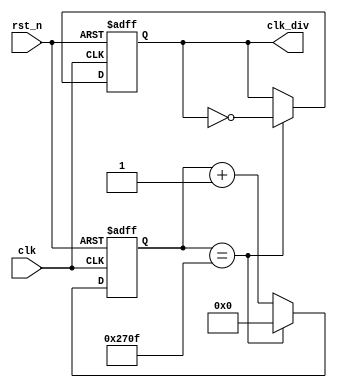
////////////////////////////////////////////////////////////////////////
// Department of Computer Science
// National Tsing Hua University
// Project   : Design Gadgets for Hardware Lab
// Module    : clock_divider
// Revision  : 2
// Abstract  :
//   Clock divider:
//     Input:  a clock source
//     Output: 
//       a parameterized clock divided by 2 * HALF_CYCLE
//       Ex:
//       for HALF_CYCLE = 10,000,
//         input clock of 40MHz, output clock is 2KHz (40MHz/(2 * 10,000) = 2KHz)
//       for HALF_CYCLE = 500,
//         input clock of 2KHz, output clock is 2Hz
//       for HALF_CYCLE = 10,
//         input clock of 2KHz, output clock is 100Hz
//
module clock_divider (
  input wire rst_n,
  input wire clk,
  output reg clk_div
);

  parameter counter_width = 14;
  parameter half_cycle = 10000; // to generate a half clock period of 10000 cycles

  // internal signals
  reg [counter_width - 1:0] count, count_next;
  reg clk_div_next;

  always @* begin
    if (count == (half_cycle - 1)) begin
      count_next <= 0;
      clk_div_next <= ~clk_div;
    end else begin
      count_next <= count + 1'b1;
      clk_div_next <= clk_div;
    end
  end
  
  always @(posedge clk or negedge rst_n) begin
    if (!rst_n) begin
      count = 0;
      clk_div = 0;
    end else begin
      count = count_next;
      clk_div = clk_div_next;
    end
  end

endmodule